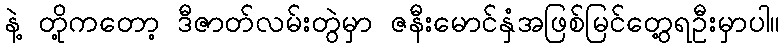
နဲ့ တို့ကတော့ ဒီဇာတ်လမ်းတွဲမှာ ဇနီးမောင်နှံအဖြစ်မြင်တွေ့ရဦးမှာပါ။